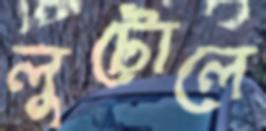
লুটোলে